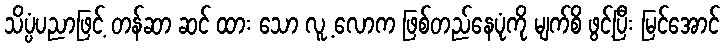
သိပ္ပံပညာဖြင့် တန်ဆာ ဆင် ထား သော လူ့ လောက ဖြစ်တည်နေပုံကို မျက်စိ ဖွင့်ပြီး မြင်အောင်